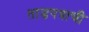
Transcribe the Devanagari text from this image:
ताडपत्राची